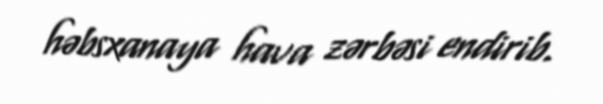
həbsxanaya hava zərbəsi endirib.